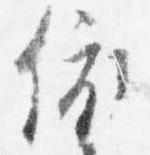
依